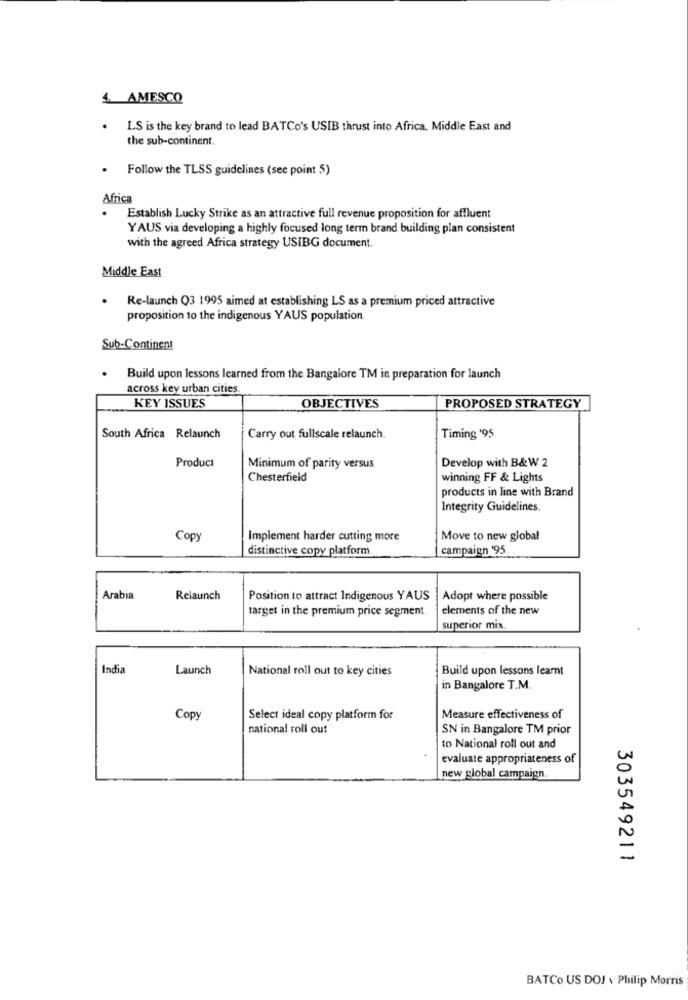
4. AMESCO
LS is the key brand to lead BATCo's USIB thrust into Africa, Middle East and
the sub-continent.
Follow the TLSS guidelines (see point 5)
Africa
Establish Lucky Strike as an attractive full revenue proposition for affluent
YAUS via developing a highly focused long term brand building plan consistent
with the agreed Africa strategy USIBG document.
Middle East
Re-launch Q3 1995 aimed at establishing LS as a premium priced attractive
proposition to the indigenous YAUS population.
Sub-Continent
Build upon lessons learned from the Bangalore TM in preparation for launch
across key urban cities.
KEY ISSUES
OBJECTIVES
PROPOSED STRATEGY
South Africa Relaunch
Carry out fullscale relaunch.
Timing '95
Product
Develop with B&W 2
Minimum of parity versus
Chesterfield
winning FF & Lights
products in line with Brand
Integrity Guidelines.
Copy
Implement harder cutting more
Move to new global
distinctive copy platform
campaign '95
Arabia
Relaunch
Position to attract Indigenous YAUS
Adopt where possible
target in the premium price segment.
elements of the new
superior mix.
India
Launch
National roll out to key cities
Build upon lessons learnt
in Bangalore T.M.
Copy
Select ideal copy platform for
Measure effectiveness of
national roll out
SN in Bangalore TM prior
to National roll out and
evaluate appropriateness of
new global campaign.
303549211
BATCo US DOI v Philip Morris